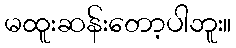
မထူးဆန်းတော့ပါဘူး။